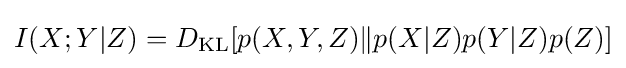
I(X;Y|Z)=D_{\mathrm {KL} }[p(X,Y,Z)\|p(X|Z)p(Y|Z)p(Z)]